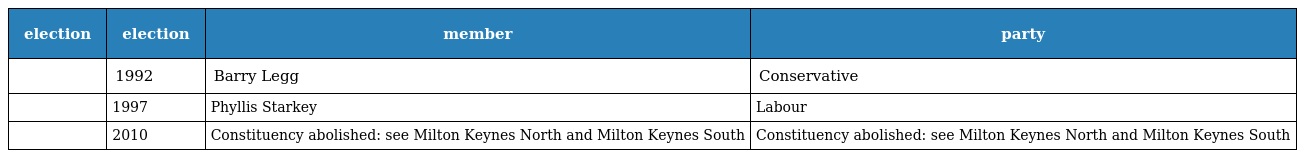
| election | election | member | party |
 | --- | --- | --- | --- |
 |  | 1992 | Barry Legg | Conservative |
 |  | 1997 | Phyllis Starkey | Labour |
 |  | 2010 | Constituency abolished: see Milton Keynes North and Milton Keynes South | Constituency abolished: see Milton Keynes North and Milton Keynes South |